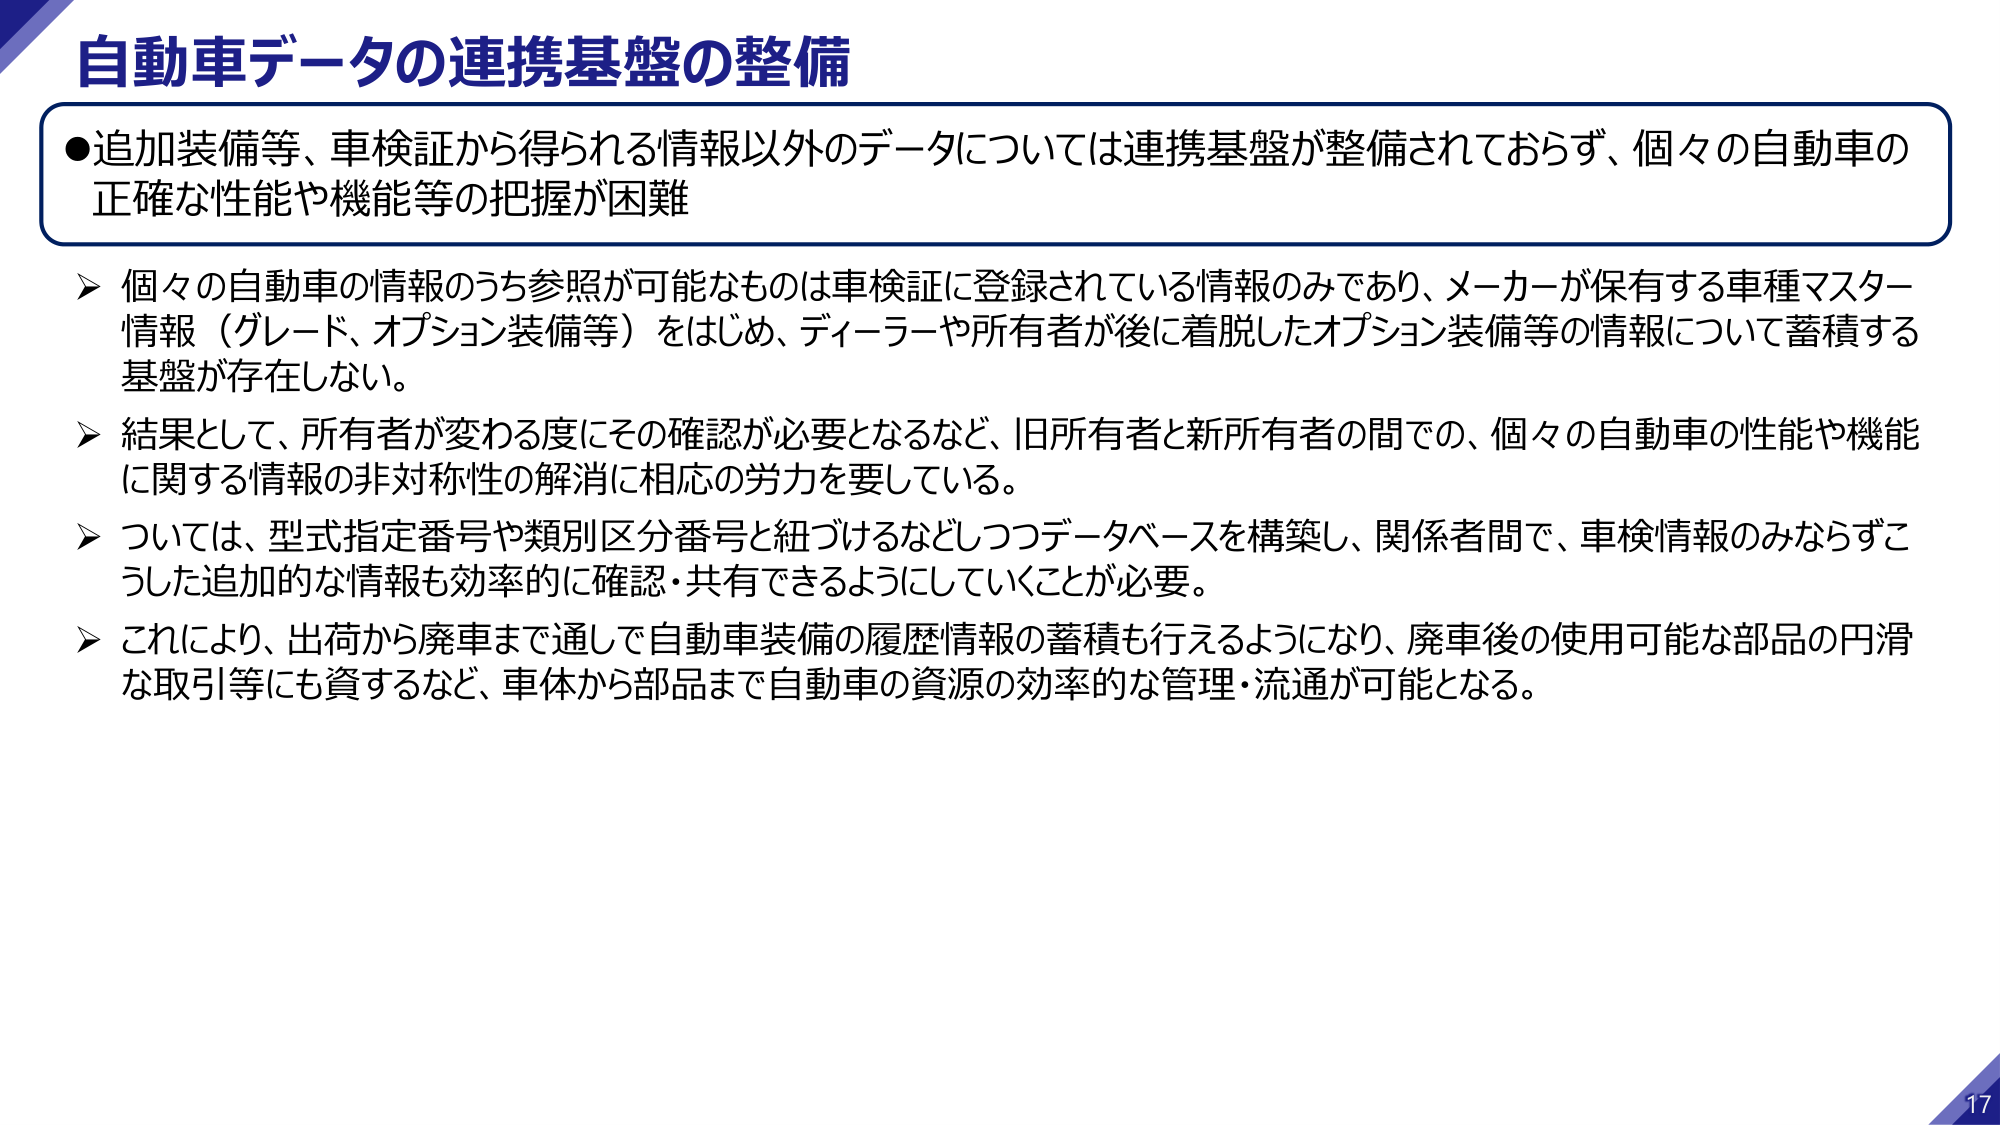
自動車データの連携基盤の整備

●追加装備等、車検証から得られる情報以外のデータについては連携基盤が整備されておらず、個々の自動車の正確な性能や機能等の把握が困難

➤ 個々の自動車の情報のうち参照が可能なものは車検証に登録されている情報のみであり、メーカーが保有する車種マスター情報（グレード、オプション装備等）をはじめ、ディーラーや所有者が後に着脱したオプション装備等の情報について蓄積する基盤が存在しない。

➤ 結果として、所有者が変わる度にその確認が必要となるなど、旧所有者と新所有者の間での、個々の自動車の性能や機能に関する情報の非対称性の解消に相応の労力を要している。

➤ ついては、型式指定番号や類別区分番号と紐づけるなどしつつデータベースを構築し、関係者間で、車検情報のみならずこうした追加的な情報も効率的に確認・共有できるようにしていくことが必要。

➤ これにより、出荷から廃車まで通して自動車装備の履歴情報の蓄積も行えるようになり、廃車後の使用可能な部品の円滑な取引等にも資するなど、車体から部品まで自動車の資源の効率的な管理・流通が可能となる。

17